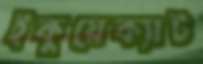
ইকুয়েক্যাট